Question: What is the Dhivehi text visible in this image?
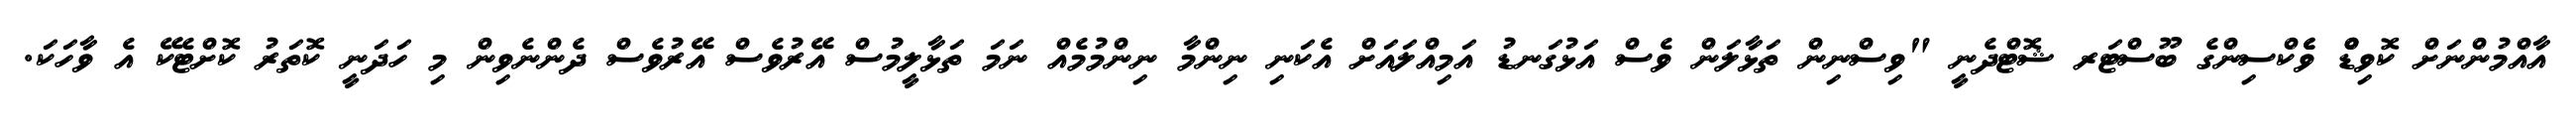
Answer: އާއްމުންނަށް ކޮވިޑްް ވެެކްސިންގެ ބޫސްޓަރ ޝޮޓްދެނީ "ވިސްނިން ތަޅާލަން ވެސް އަޅުގަނޑު އަމިއްލައަށް އެކަނި ނިންމާ ނިންމުމެއް ނަމަ ތަޅާލީމުސް އޭރުވެސް އޭރުވެސް ދެންނެވިން މި ހަދަނީ ކޮތަރު ކޮށްޓެކޭ އެ ވާހަކަ.